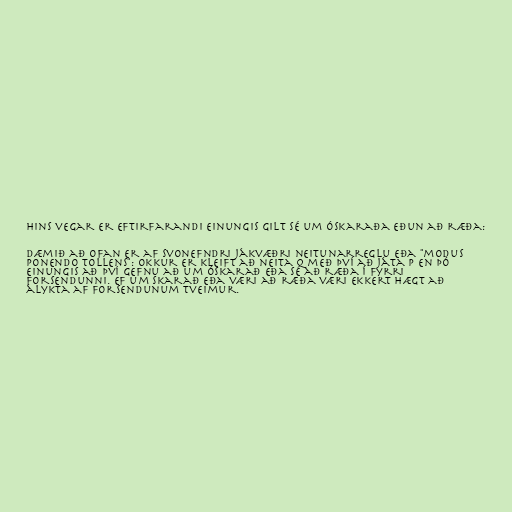
Hins vegar er eftirfarandi einungis gilt sé um óskaraða eðun að ræða:

Dæmið að ofan er af svonefndri jákvæðri neitunarreglu eða "modus
ponendo tollens": okkur er kleift að neita Q með því að játa P en þó
einungis að því gefnu að um óskarað eða sé að ræða í fyrri
forsendunni. Ef um skarað eða væri að ræða væri ekkert hægt að
álykta af forsendunum tveimur.